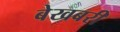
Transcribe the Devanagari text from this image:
बेखबरी